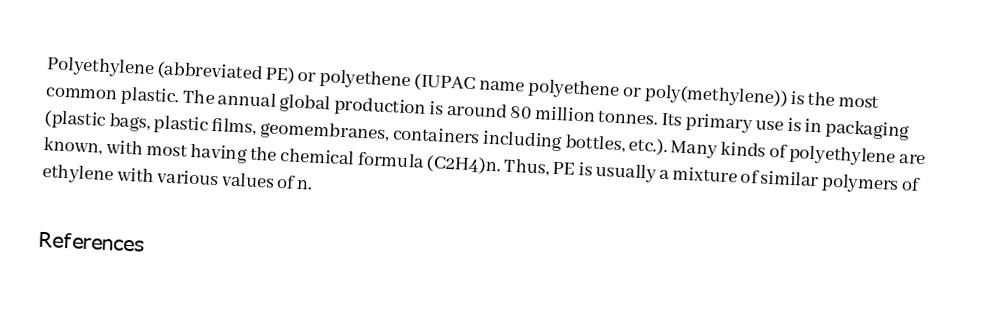
Polyethylene (abbreviated PE) or polyethene (IUPAC name polyethene or poly(methylene)) is the most common plastic. The annual global production is around 80 million tonnes. Its primary use is in packaging (plastic bags, plastic films, geomembranes, containers including bottles, etc.). Many kinds of polyethylene are known, with most having the chemical formula (C2H4)n. Thus, PE is usually a mixture of similar polymers of ethylene with various values of n.

References